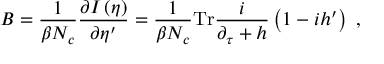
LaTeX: B = \frac { 1 } { \beta N _ { c } } \frac { \partial I \left( \eta \right) } { \partial \eta ^ { \prime } } = \frac { 1 } { \beta N _ { c } } \mathrm { T r } \frac { i } { \partial _ { \tau } + h } \left( 1 - i h ^ { \prime } \right) \; ,